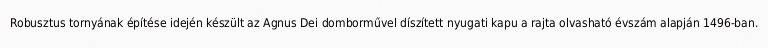
Robusztus tornyának építése idején készült az Agnus Dei domborművel díszített nyugati kapu a rajta olvasható évszám alapján 1496-ban.